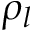
\rho _ { l }